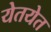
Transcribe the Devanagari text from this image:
येतयेत